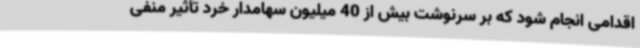
اقدامی انجام شود که بر سرنوشت بیش از 40 میلیون سهامدار خرد تأثیر منفی